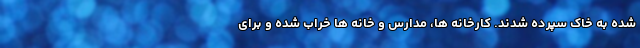
شده به خاک سپرده شدند. کارخانه ها، مدارس و خانه ها خراب شده و برای